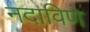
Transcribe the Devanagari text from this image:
नदाविणे